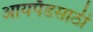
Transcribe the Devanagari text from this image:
आयपॅडसाठी